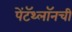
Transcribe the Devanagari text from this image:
पेंटॅथ्लॉनची